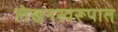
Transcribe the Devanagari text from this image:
लेखनस्वरूपात